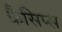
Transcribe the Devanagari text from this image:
क्रैसिप्स